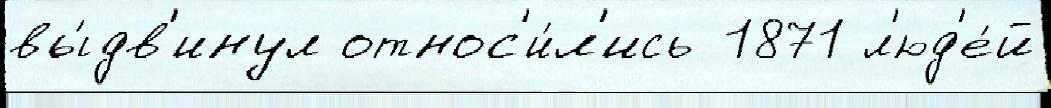
вы́дв'инул относ'и́л'ись 1871 л'юд'е́й